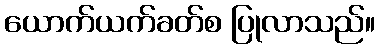
ယောက်ယက်ခတ်စ ပြုလာသည်။